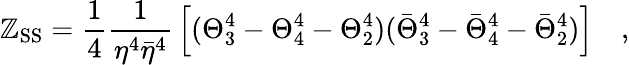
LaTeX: \mathbb{Z}_{\mathrm{{SS}}}={\frac{{1}}{{4}}}{\frac{{1}}{{\eta^{4}{\bar{{\eta}}}^{4}}}}\left[(\Theta_{3}^{4}-\Theta_{4}^{4}-\Theta_{2}^{4})({\bar{{\Theta}}}_{3}^{4}-{\bar{{\Theta}}}_{4}^{4}-{\bar{{\Theta}}}_{2}^{4})\right]\quad,